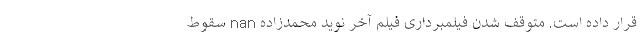
قرار داده است. متوقف شدن فیلمبرداری فیلم آخر نوید محمدزاده nan سقوط